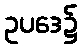
ဥပဒေ၌